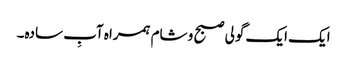
ایک ایک گولی صبح و شام ہمراہ آبِ سادہ۔